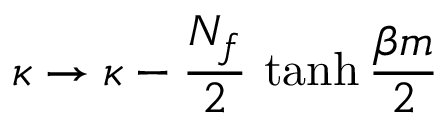
\kappa \rightarrow \kappa - { \frac { N _ { f } } { 2 } } \, \operatorname { t a n h } { \frac { \beta m } { 2 } }